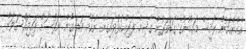
އެހެންކަމުން ރައީސް މައުމޫނުގެ ގަޑުވަރުން ގާސިމް ފަރިއްކުޅުވައިގެން ނުކުމެ ވަޑައިގެން ނަފުސަށް ވައިޖައްސަވަން